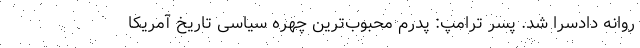
روانه دادسرا شد. پسر ترامپ: پدرم محبوب‌ترین چهره سیاسی تاریخ آمریکا